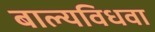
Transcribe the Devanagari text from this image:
बाल्यविधवा